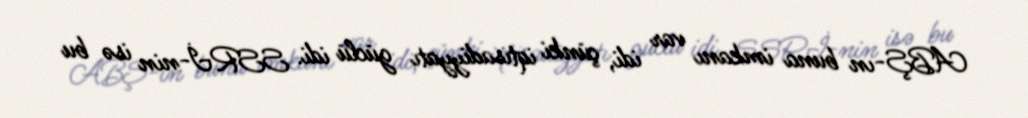
ABŞ-ın buna imkanı var idi, çünki iqtisadiyyatı güclü idi. SSRİ-nin isə bu